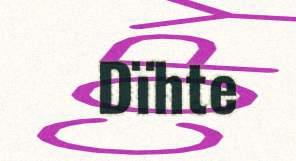
Dïhte